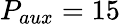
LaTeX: P_{aux}=15